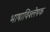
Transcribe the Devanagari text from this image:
भाषाविश्लेषक